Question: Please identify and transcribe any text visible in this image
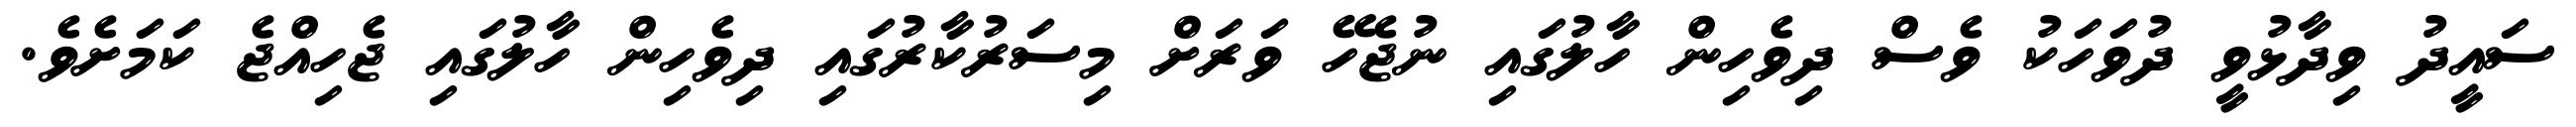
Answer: ސައީދު ވިދާޅުވީ ދުވަހަކު ވެސް ދިވެހިން ހާލުގައި ނުޖެހޭ ވަރަށް މިސަރުކާރުގައި ދިވެހިން ހާލުގައި ޖެހިއްޖެ ކަމަށެވެ.